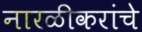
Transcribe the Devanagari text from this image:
नारळीकरांचे